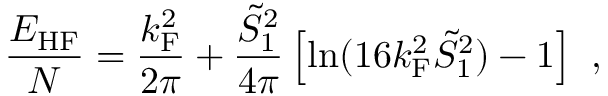
\frac { { \cal E } _ { \mathrm { H F } } } { N } = \frac { k _ { \mathrm { F } } ^ { 2 } } { 2 \pi } + \frac { \tilde { S } _ { 1 } ^ { 2 } } { 4 \pi } \left[ \ln ( 1 6 k _ { \mathrm { F } } ^ { 2 } \tilde { S } _ { 1 } ^ { 2 } ) - 1 \right] \ ,